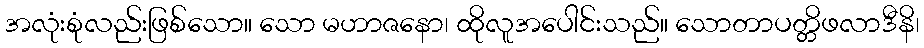
အလုံးစုံလည်းဖြစ်သော။ သော မဟာဇနော၊ ထိုလူအပေါင်းသည်။ သောတာပတ္တိဖလာဒီနိ၊